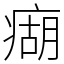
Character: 㾰